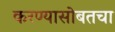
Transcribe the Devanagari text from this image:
करण्यासोबतचा